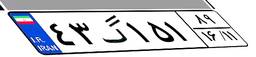
۴۳گ۱۵۱۸۹